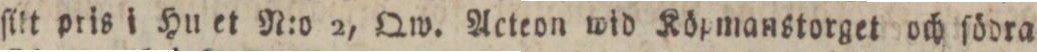
ſilt pris i Hu et N:o 2, Qw. Acteon wid Köpmanstorget och ſödra